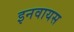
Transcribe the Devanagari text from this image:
इनवायस